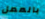
بالعمل